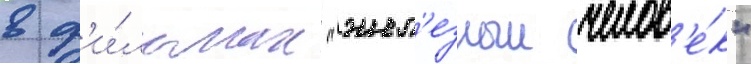
в ф'и́льмах "жел'езныи челов'е́к"